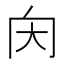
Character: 𡗠